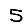
Digit: 5